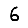
Digit: 6